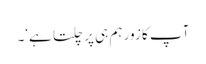
آپ کا زور ہم ہی پر چلتا ہے‘۔